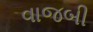
વાજબી